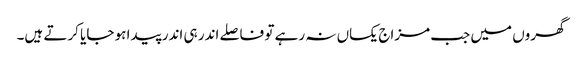
گھروں میں جب مزاج یکساں نہ رہے تو فاصلے اندر ہی اندر پیدا ہو جایا کرتے ہیں۔